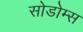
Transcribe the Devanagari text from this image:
सोडोम्स